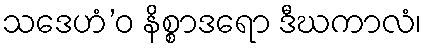
သဒေဟံ’ဝ နိစ္စာဒရော ဒီဃကာလံ၊